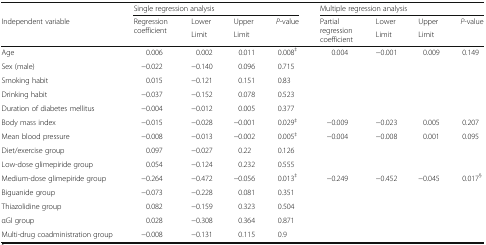
<table><thead><tr><td></td><td colspan="4"><b>Single regression analysis</b></td><td colspan="4"><b>Multiple regression analysis</b></td></tr><tr><td rowspan="2"><b>Independent variable</b></td><td rowspan="2"><b>Regression coefficient</b></td><td><b>Lower</b></td><td><b>Upper</b></td><td rowspan="2"><b><i>P</i>-value</b></td><td rowspan="2"><b>Partial regression coefficient</b></td><td><b>Lower</b></td><td><b>Upper</b></td><td rowspan="2"><b><i>P</i>-value</b></td></tr><tr><td><b>Limit</b></td><td><b>Limit</b></td><td><b>Limit</b></td><td><b>Limit</b></td></tr></thead><tbody><tr><td>Age</td><td>0.006</td><td>0.002</td><td>0.011</td><td>0.008<sup>‡</sup></td><td>0.004</td><td>−0.001</td><td>0.009</td><td>0.149</td></tr><tr><td>Sex (male)</td><td>−0.022</td><td>−0.140</td><td>0.096</td><td>0.715</td><td></td><td></td><td></td><td></td></tr><tr><td>Smoking habit</td><td>0.015</td><td>−0.121</td><td>0.151</td><td>0.83</td><td></td><td></td><td></td><td></td></tr><tr><td>Drinking habit</td><td>−0.037</td><td>−0.152</td><td>0.078</td><td>0.523</td><td></td><td></td><td></td><td></td></tr><tr><td>Duration of diabetes mellitus</td><td>−0.004</td><td>−0.012</td><td>0.005</td><td>0.377</td><td></td><td></td><td></td><td></td></tr><tr><td>Body mass index</td><td>−0.015</td><td>−0.028</td><td>−0.001</td><td>0.029<sup>‡</sup></td><td>−0.009</td><td>−0.023</td><td>0.005</td><td>0.207</td></tr><tr><td>Mean blood pressure</td><td>−0.008</td><td>−0.013</td><td>−0.002</td><td>0.005<sup>‡</sup></td><td>−0.004</td><td>−0.008</td><td>0.001</td><td>0.095</td></tr><tr><td>Diet/exercise group</td><td>0.097</td><td>−0.027</td><td>0.22</td><td>0.126</td><td></td><td></td><td></td><td></td></tr><tr><td>Low-dose glimepiride group</td><td>0.054</td><td>−0.124</td><td>0.232</td><td>0.555</td><td></td><td></td><td></td><td></td></tr><tr><td>Medium-dose glimepiride group</td><td>−0.264</td><td>−0.472</td><td>−0.056</td><td>0.013<sup>‡</sup></td><td>−0.249</td><td>−0.452</td><td>−0.045</td><td>0.017<sup>§</sup></td></tr><tr><td>Biguanide group</td><td>−0.073</td><td>−0.228</td><td>0.081</td><td>0.351</td><td></td><td></td><td></td><td></td></tr><tr><td>Thiazolidine group</td><td>0.082</td><td>−0.159</td><td>0.323</td><td>0.504</td><td></td><td></td><td></td><td></td></tr><tr><td>αGI group</td><td>0.028</td><td>−0.308</td><td>0.364</td><td>0.871</td><td></td><td></td><td></td><td></td></tr><tr><td>Multi-drug coadministration group</td><td>−0.008</td><td>−0.131</td><td>0.115</td><td>0.9</td><td></td><td></td><td></td><td></td></tr></tbody></table>